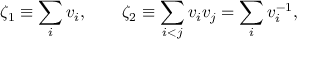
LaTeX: \zeta _ { 1 } \equiv \sum _ { i } v _ { i } , \qquad \zeta _ { 2 } \equiv \sum _ { i < j } v _ { i } v _ { j } = \sum _ { i } v _ { i } ^ { - 1 } ,